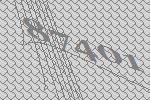
87401